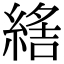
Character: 𦂑